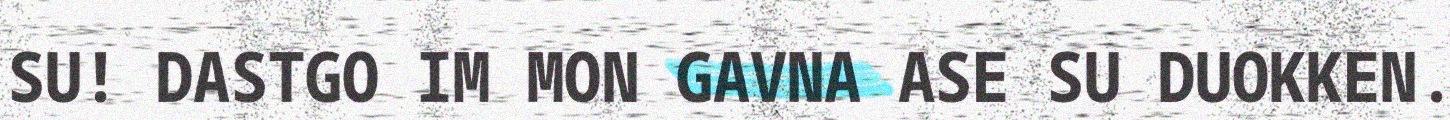
SU! DASTGO IM MON GAVNA ASE SU DUOKKEN.